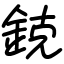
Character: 鋴